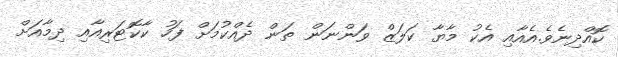
ކޮއްދިނެވެ.އެއާއި އެކު މާޔާ ކަލަޒް ވަންނަން ތަން ދެއްކުމަށް ފަހު ކާކޮޓަރިއާއި ދިމާއަށް